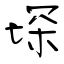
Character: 堔